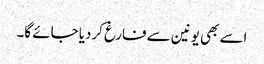
اسے بھی یونین سے فارغ کردیا جائے گا۔